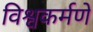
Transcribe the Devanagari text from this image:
विश्वकर्मणे